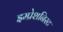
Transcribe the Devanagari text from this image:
इम्प्रेशनिस्ट